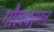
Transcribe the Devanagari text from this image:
गौरववर्णन